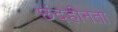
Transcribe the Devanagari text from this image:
छंदहीनता